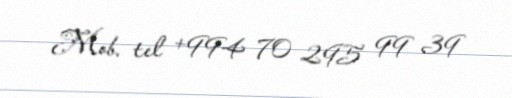
Mob. tel +994 70 295 99 39